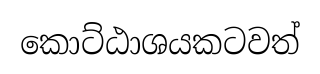
කොට්ඨාශයකටවත්